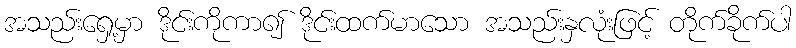
အသည်းရှေ့မှာ ဒိုင်းကိုကာ၍ ဒိုင်းထက်မာသော အသည်းနှလုံးဖြင့် တိုက်ခိုက်ပါ